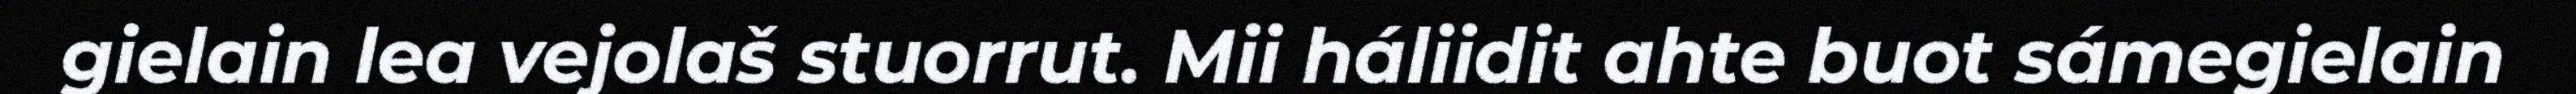
gielain lea vejolaš stuorrut. Mii háliidit ahte buot sámegielain